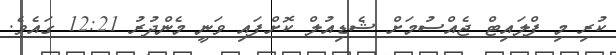
ކުރި މި ފްލައިޓް ޖެއްސުމަށް ޝެޑިއުލް ކޮށްފައި ވަނީ މެންދުރު 12:21 ގައެވެ.